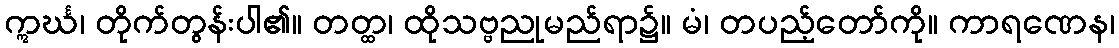
ဣင်္ဃ၊ တိုက်တွန်းပါ၏။ တတ္ထ၊ ထိုသဗ္ဗညုမည်ရာ၌။ မံ၊ တပည့်တော်ကို။ ကာရဏေန၊